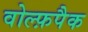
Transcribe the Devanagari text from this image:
वोल्फ़पैक